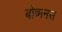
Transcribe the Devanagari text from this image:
बोव्मनस